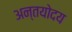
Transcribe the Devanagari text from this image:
अन्तयोदय